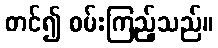
တင်၍ စမ်းကြည့်သည်။